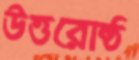
উত্তরোষ্ঠ